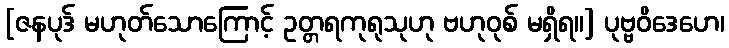
[ဇနပုဒ် မဟုတ်သောကြောင့် ဥတ္တရကုရုသုဟု ဗဟုဝုစ် မရှိရ။] ပုဗ္ဗဝိဒေဟေ၊